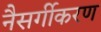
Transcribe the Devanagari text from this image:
नैसर्गीकरण